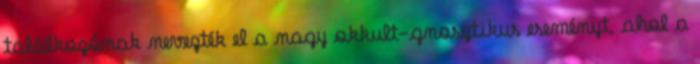
találkozónak nevezték el a nagy okkult-gnosztikus eseményt, ahol a